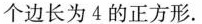
个边长为4的正方形。